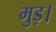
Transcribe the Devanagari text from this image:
मुड़।